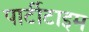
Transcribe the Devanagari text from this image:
पार्टीटाइम